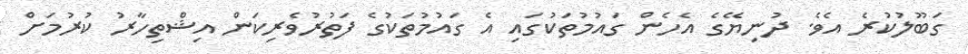
ގަބޫލުކުރެ އެވެ. ދުނިޔޭގެ އެހެން ގައުމުތަކުގައި އެ ގައުމުތަކުގެ ފަތުރުވެރިކަން އިޝްތިހާރު ކުރުމަށް